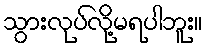
သွားလုပ်လို့မရပါဘူး။